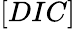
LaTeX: [DIC]